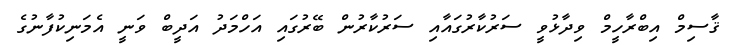
ޤާސިމް އިބްރާހީމް ވިދާޅުވީ ސަރުކާރުގައާއި ސަރުކާރުން ބޭރުގައި އަހްމަދު އަދީބް ވަނީ އެމަނިކުފާނުގެ